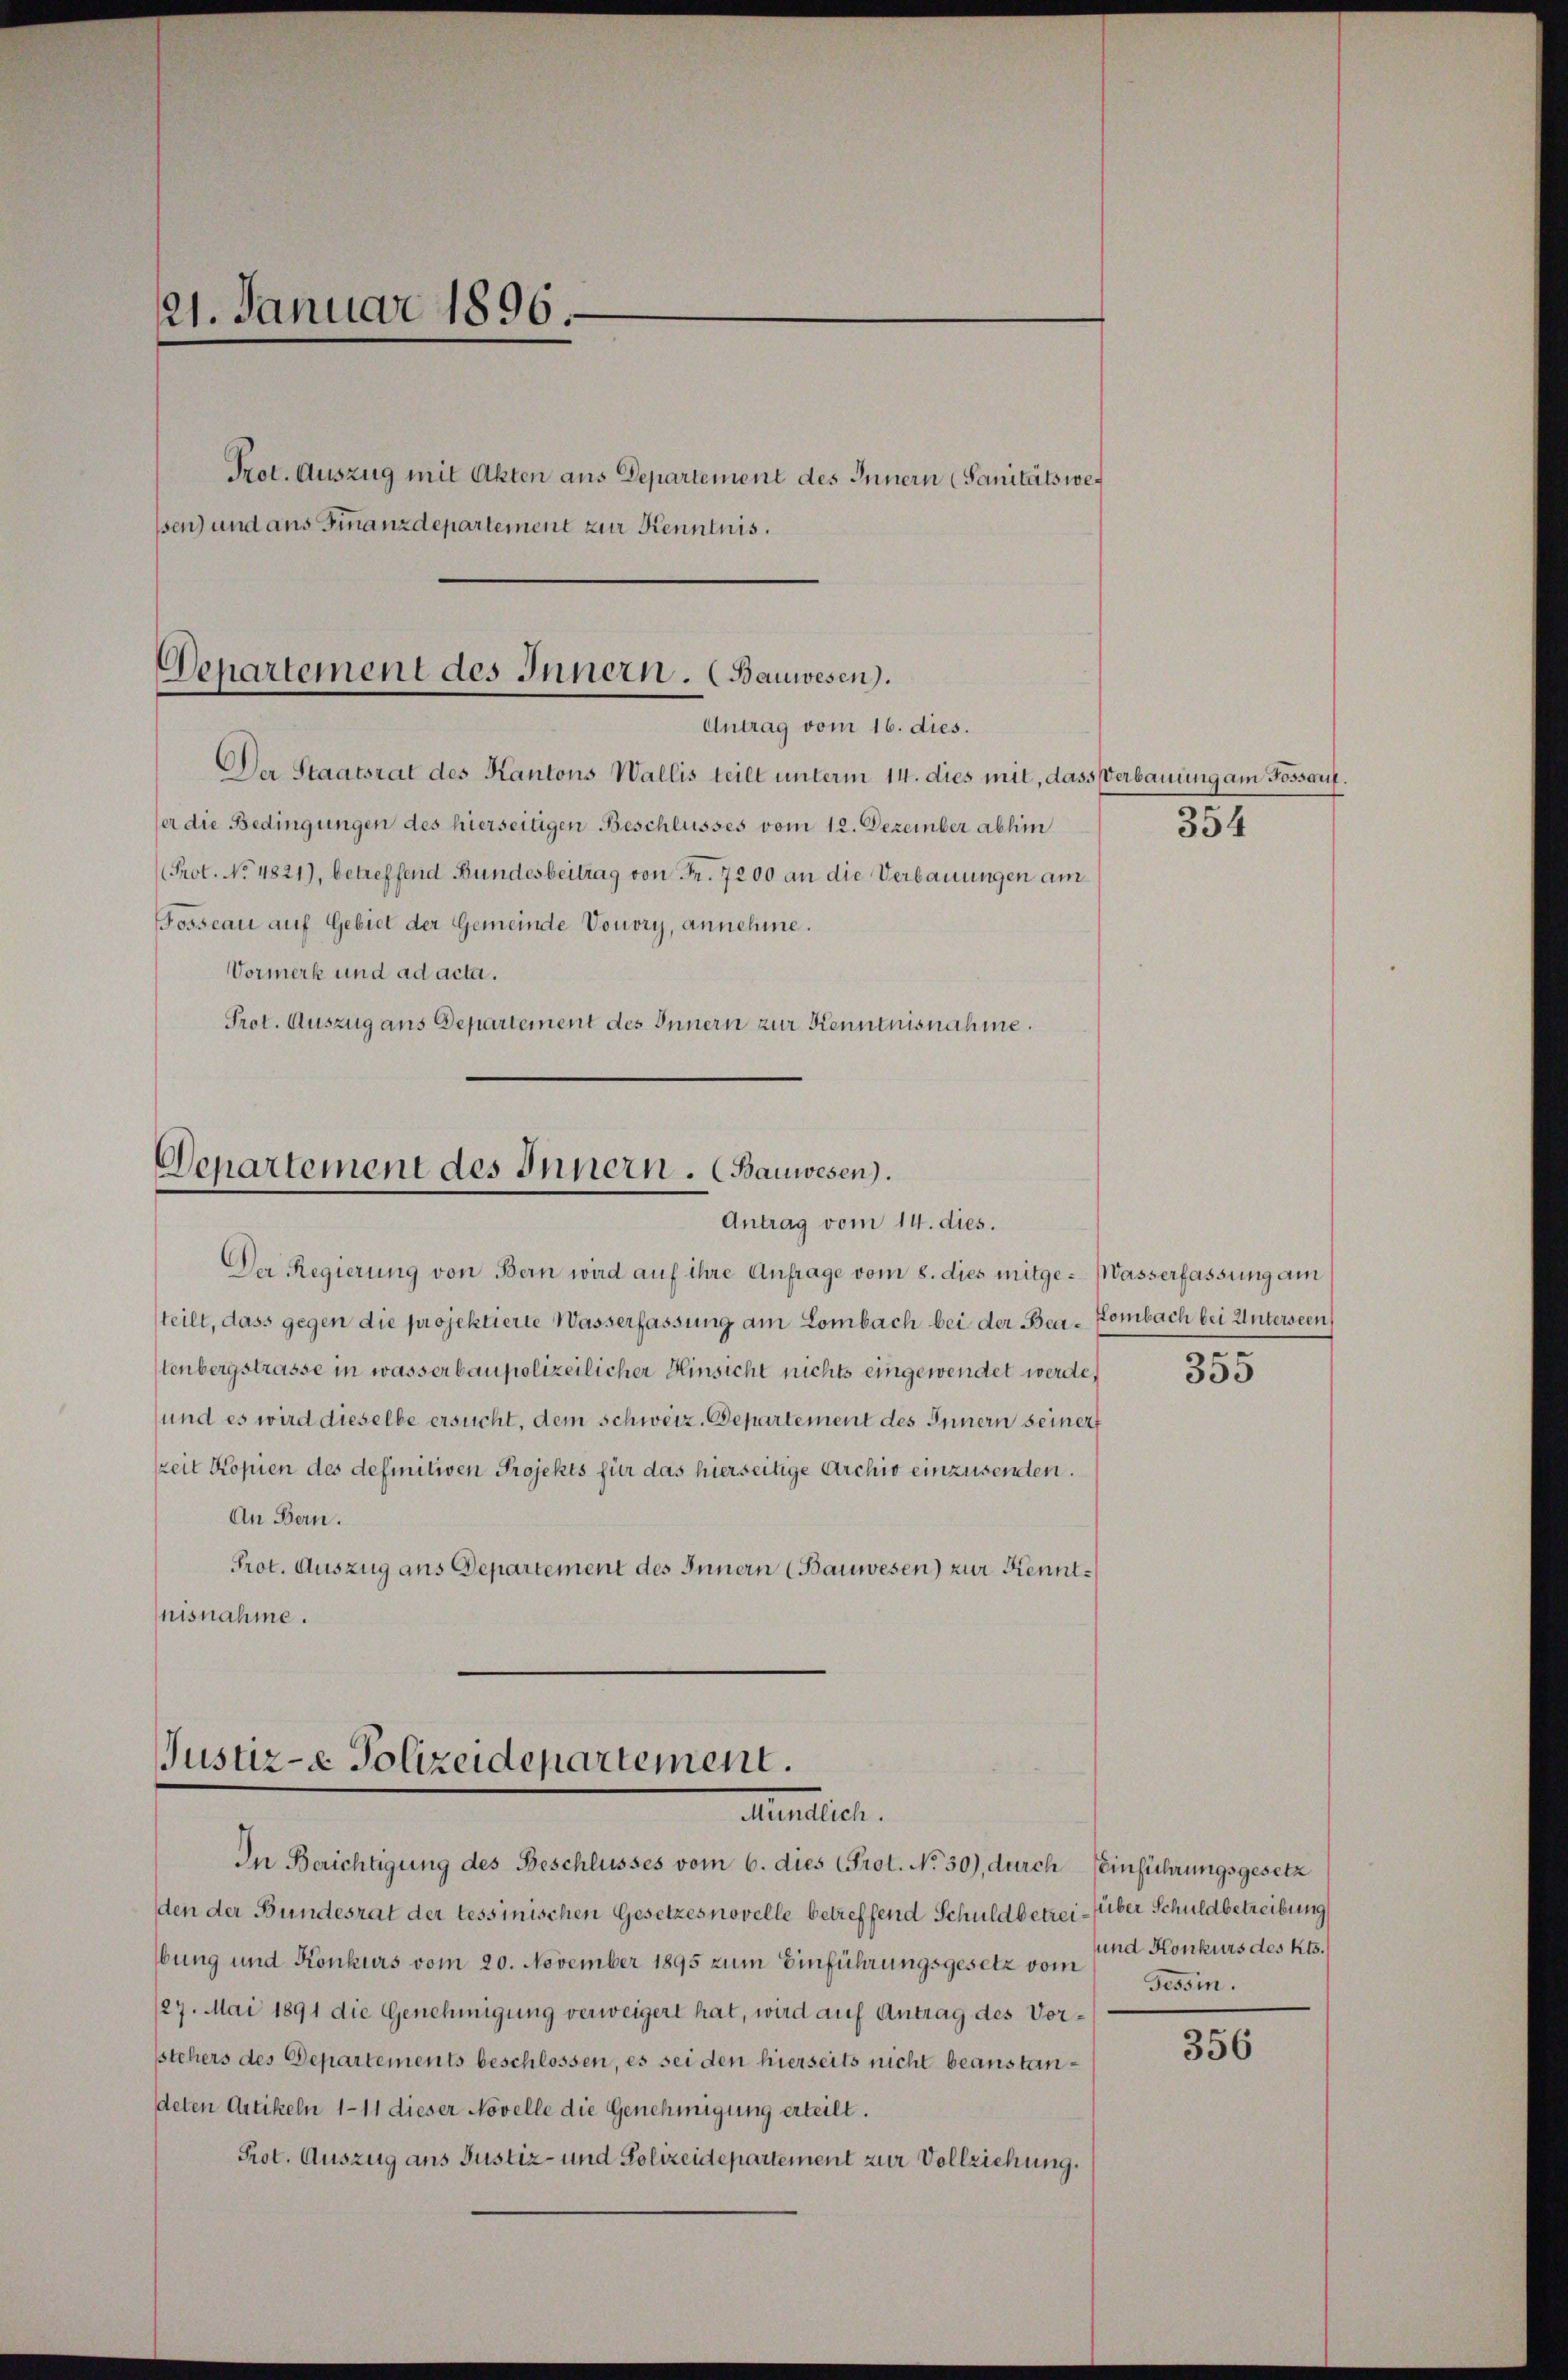
21. Januar 1896.
Prot. Auszug mit Akten aus Departement des Innern (Sanitätswes
ssen) und aus Finanzdepartement zur Kenntnis.

Departement des Innern. (Bauwesen.
Antrag vom 16. dies.

Der Staatsrat des Kantons Wallis teilt unterm 14. dies mit, dass Verbauung am Fossauf.
er die Bedingungen des hierseitigen Beschlusses vom 12. Dezember abhin
Prot. No. 4821), betreffend Bundesbeitrag von Fr. 7200 an die Verbauungen am
Fosseau auf Gebiet der Gemeinde Vouvry, annehme.
Vormerk und ad acta.
Prot. Auszug aus Departement des Innern zur Kenntnisnahme.

Denartement des Innern. (Bauwesen).
Antrag vom 14. dies.

Der Regierung von Bern wird auf ihre Anfrage vom 8. dies mitge- Wasserfassung am
teilt, dass gegen die projektierte Wasserfassung am Lombach bei der Bea-Kombach bei Unterseen
tenbergstrasse in wasserbaupolizeilicher Hinsicht nichts eingewendet werde,
und es wird dieselbe ersucht, dem schweiz. Departement des Innern seinert
zeit Kopien des definitiven Projekts für das hierseitige Archiv einzusenten.
An Bern.
Prot. Auszug aus Departement des Innern (Bauwesen) zur Kenntnisnahme.

Justiz- & Polizeidepartement.
Alumnation.

In Berichtigung des Beschlusses vom 6. dies Prot. No. 30), durch Einführungsgesetz
den der Bundesrat der tessinischen Gesetzesnovelle betreffend Schuldbetrei- (über Schuldbetreibung
bung und Konkurs vom 20. November 1895 zum Einführungsgesetz vom und Konkurs des Kts.
127. Mai 1891 die Genehmigung verweigert hat, wird auf Antrag des Vorstehers des Departements beschlossen, es sei den hierseits nicht beanstandeten Artikeln 1-11 dieser Novelle die Genehmigung erteilt.
Prot. Auszug ans Justiz- und Polizeidepartement zur Vollziehung.

354

e
335

Tessin.

356